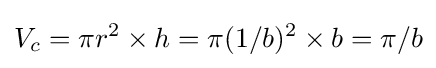
V_{c}=\pi r^{2}\times h=\pi (1/b)^{2}\times b=\pi /b